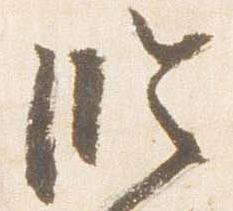
臨